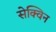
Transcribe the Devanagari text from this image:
सेक्विन